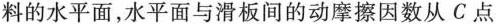
料的水平面，水平面与滑板间的动摩擦因数从C点